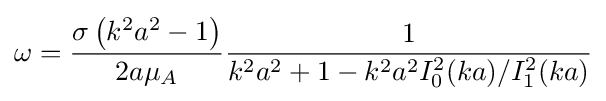
\omega ={\frac {\sigma \left(k^{2}a^{2}-1\right)}{2a\mu _{A}}}{\frac {1}{k^{2}a^{2}+1-k^{2}a^{2}I_{0}^{2}(ka)/I_{1}^{2}(ka)}}